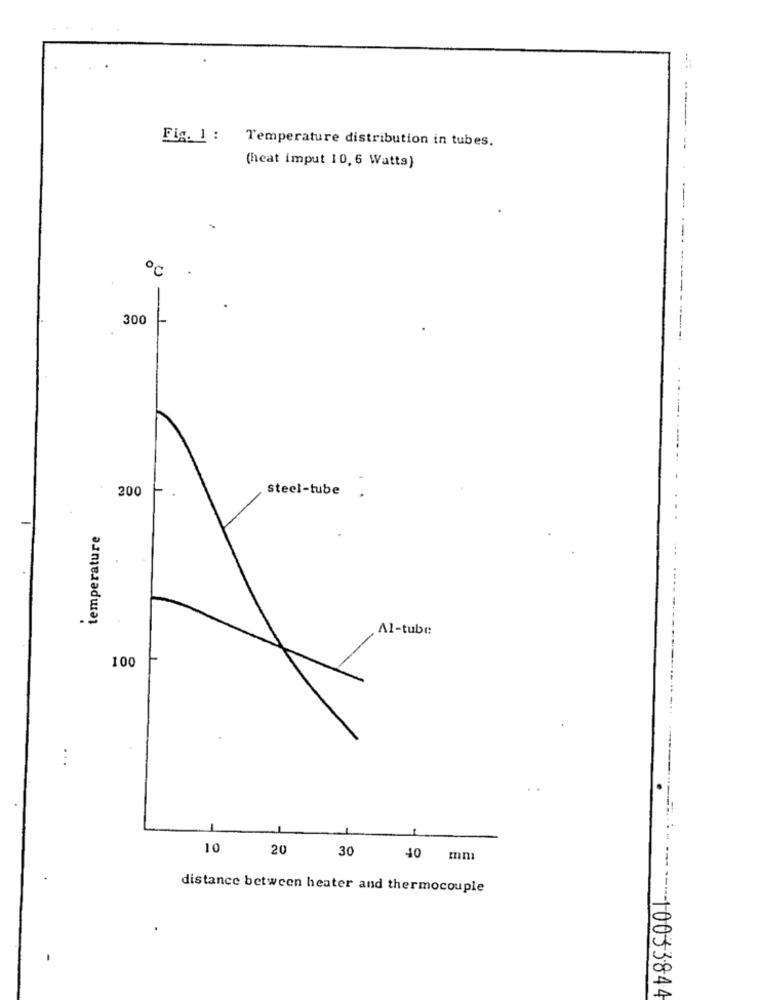
----
Fig. 1 : Temperature distribution in tubes.
(heat imput 10, 6 Watts)
o℃
300
200
steel-tube
temperature
.
Al-tube
100
10
20
30
40 mm
distance between heater and thermocouple
--- ------- 10053844